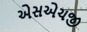
એસએચજી